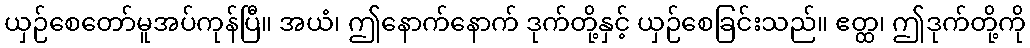
ယှဉ်စေတော်မူအပ်ကုန်ပြီ။ အယံ၊ ဤနောက်နောက် ဒုက်တို့နှင့် ယှဉ်စေခြင်းသည်။ ဧတ္ထ၊ ဤဒုက်တို့ကို